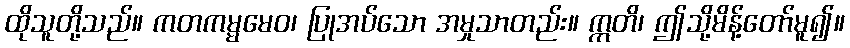
ထိုသူတို့သည်။ ကတကမ္မမေဝ၊ ပြုအပ်သော အမှုသာတည်း။ ဣတိ၊ ဤသို့မိန့်တော်မူ၍။